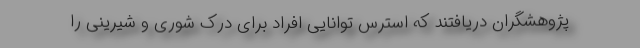
پژوهشگران دریافتند که استرس توانایی افراد برای درک شوری و شیرینی را